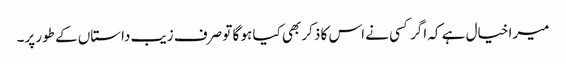
میرا خیال ہے کہ اگر کسی نے اس کا ذکر بھی کیا ہو گا تو صرف زیب داستاں کے طور پر۔